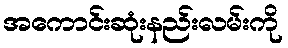
အကောင်းဆုံးနည်းလမ်းကို